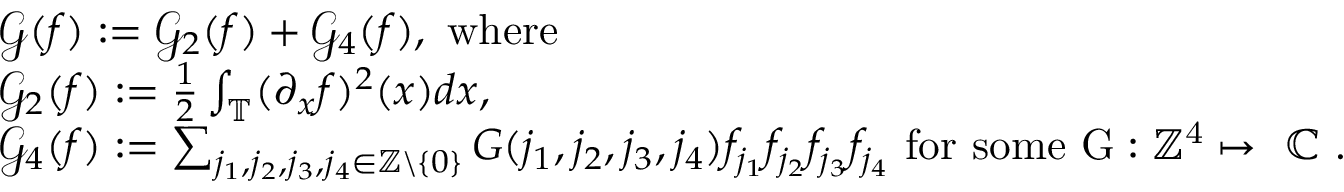
\begin{array} { r l } & { \mathcal { G } ( f ) : = \mathcal { G } _ { 2 } ( f ) + \mathcal { G } _ { 4 } ( f ) , \mathrm { ~ w h e r e ~ } } \\ & { \mathcal { G } _ { 2 } ( f ) : = \frac { 1 } { 2 } \int _ { \mathbb { T } } ( \partial _ { x } f ) ^ { 2 } ( x ) d x , } \\ & { \mathcal { G } _ { 4 } ( f ) : = \sum _ { \substack { j _ { 1 } , j _ { 2 } , j _ { 3 } , j _ { 4 } \in \mathbb { Z } \backslash \left\{ 0 \right\} } } G ( { j _ { 1 } , j _ { 2 } , j _ { 3 } , j _ { 4 } } ) f _ { j _ { 1 } } f _ { j _ { 2 } } f _ { j _ { 3 } } f _ { j _ { 4 } } \mathrm { ~ f o r ~ s o m e ~ G : \mathbb { Z } ^ 4 \mapsto ~ \mathbb { C } ~ } . } \end{array}